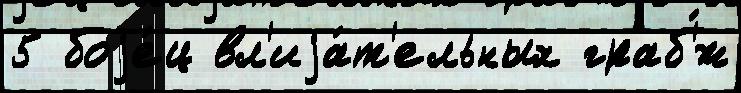
5 боjе́ц вл'иjа́т'ельных граб'́ж